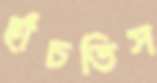
হাঁচতিস